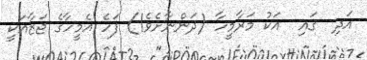
އަދި  ގައި  އަކު މަރާމީހާ (ދަންނާށެވެ!) ފަހެ އެމީހާގެ ޖަޒާއަކީ